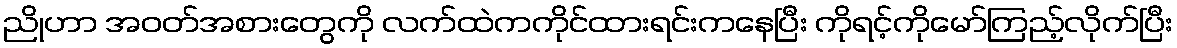
ညိုဟာ အဝတ်အစားတွေကို လက်ထဲကကိုင်ထားရင်းကနေပြီး ကိုရင့်ကိုမော်ကြည့်လိုက်ပြီး